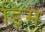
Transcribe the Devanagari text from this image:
ड़िम